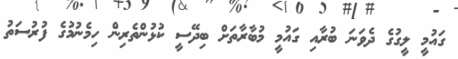
ގައުމީ ލީގުގެ ދެވަނަ ބުރާއި ގައުމީ މުބާރާތަށް ބިދޭސީ ކުޅުންތެރިން ހިމެނުމުގެ ފުރުސަތު